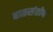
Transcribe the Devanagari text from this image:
बाळसंतोष